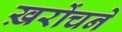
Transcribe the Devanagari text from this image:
ख़रोंचने